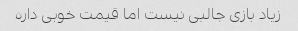
زیاد بازی جالبی نیست اما قیمت خوبی داره